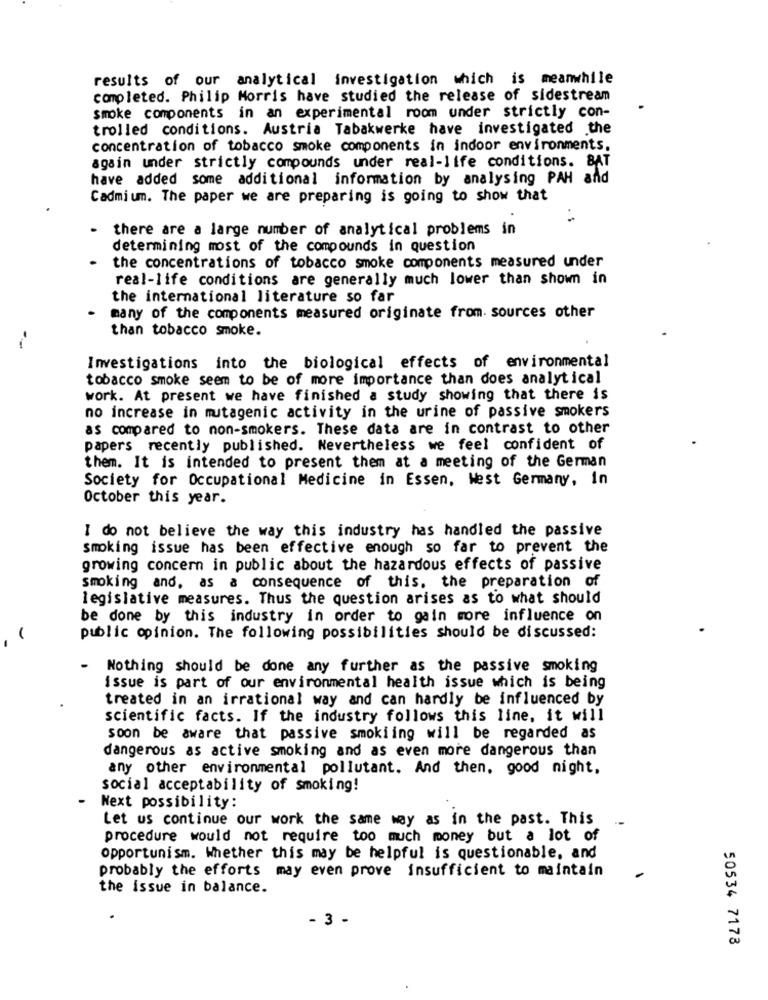
results of our analytical investigation which is meanwhile
completed. Philip Morris have studied the release of sidestream
smoke components in an experimental room under strictly con-
trolled conditions. Austria Tabakwerke have investigated .the
concentration of tobacco smoke components in indoor environments.
again under strictly compounds under real-life conditions. BAT
have added some additional information by analysing PAH and
Cadmium. The paper we are preparing is going to show that
there are a large number of analytical problems in
determining most of the compounds in question
the concentrations of tobacco smoke components measured under
real-life conditions are generally much lower than shown in
the international literature so far
many of the components measured originate from sources other
than tobacco smoke.
-
Investigations into the biological effects of environmental
tobacco smoke seem to be of more importance than does analytical
work. At present we have finished a study showing that there is
no increase in mutagenic activity in the urine of passive smokers
as compared to non-smokers. These data are in contrast to other
papers recently published. Nevertheless we feel confident of
them. It is intended to present them at a meeting of the German
Society for Occupational Medicine in Essen, West Germany, In
October this year.
I do not believe the way this industry has handled the passive
smoking issue has been effective enough so far to prevent the
growing concern in public about the hazardous effects of passive
smoking and, as a consequence of this. the preparation of
legislative measures. Thus the question arises as to what should
be done by this industry in order to gain more influence on
public opinion. The following possibilities should be discussed:
Nothing should be done any further as the passive smoking
issue is part of our environmental health issue which is being
treated in an irrational way and can hardly be influenced by
scientific facts. If the industry follows this line, it will
soon be aware that passive smokiing will be regarded as
dangerous as active smoking and as even more dangerous than
any other environmental pollutant. And then, good night.
social acceptability of smoking!
Next possibility:
Let us continue our work the same way as in the past. This
procedure would not require too much money but a lot of
opportunism. Whether this may be helpful is questionable, and
probably the efforts may even prove insufficient to maintain
the issue in balance.
- 3 -
50534 7178